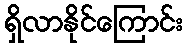
ရှိလာနိုင်ကြောင်း